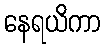
နေရယိကာ